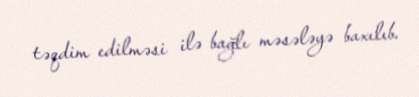
təqdim edilməsi ilə bağlı məsələyə baxılıb.